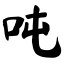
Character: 吨